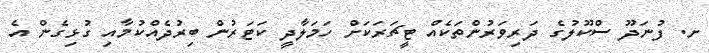
ށ. ފުނަދޫ ސްކޫލުގެ ދަރިވަރުންތަކެއް ޓީޗަރަކަށް ހަމަލާދީ ކަޓަރުން ބިރުދެއްކުމާއި ގުޅިގެން އެ